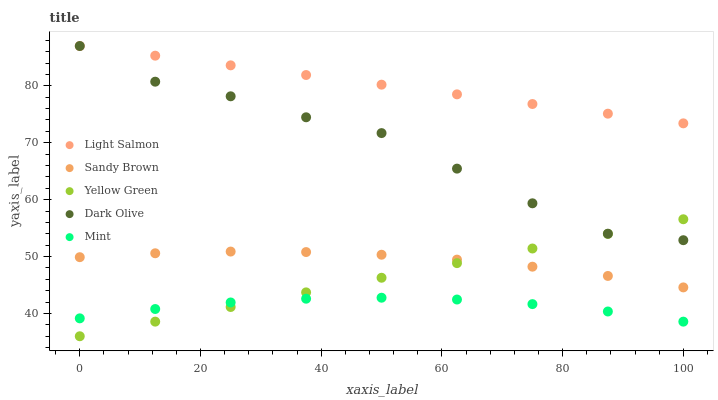
| xaxis_label | Light Salmon | Sandy Brown | Yellow Green | Dark Olive | Mint |
 | --- | --- | --- | --- | --- | --- |
 | 0 | 87 | 49.9 | 36 | 87 | 39.1 |
 | 12.5 | 85.3 | 50.6 | 38.6 | 80.7 | 40.8 |
 | 25 | 83.6 | 50.9 | 41.1 | 78.2 | 41.9 |
 | 37.5 | 81.9 | 50.8 | 43.7 | 74.5 | 42.6 |
 | 50 | 80.2 | 50.3 | 46.3 | 71.7 | 42.8 |
 | 62.5 | 78.5 | 49.5 | 48.8 | 65.5 | 42.5 |
 | 75 | 76.8 | 48.2 | 51.4 | 59.4 | 41.6 |
 | 87.5 | 75.1 | 46.6 | 54 | 54 | 40.4 |
 | 100 | 73.4 | 44.6 | 56.6 | 52.9 | 38.6 |